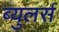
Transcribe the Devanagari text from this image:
ब्युलर्स